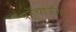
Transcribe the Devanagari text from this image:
पहुॅचाऊॅगा